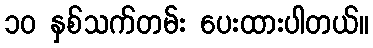
၁၀ နှစ်သက်တမ်း ပေးထားပါတယ်။